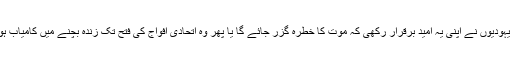
بلاشبہ کئی یہودیوں نے اپنی یہ امید برقرار رکھی کہ موت کا خطرہ گزر جائے گا یا پھر وہ اتحادی افواج کی فتح تک زندہ بچنے میں کامیاب ہو پائیں گے۔